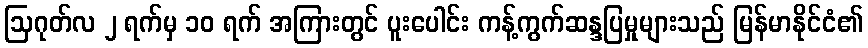
ဩဂုတ်လ ၂ ရက်မှ ၁၀ ရက် အကြားတွင် ပူးပေါင်း ကန့်ကွက်ဆန္ဒပြမှုများသည် မြန်မာနိုင်ငံ၏